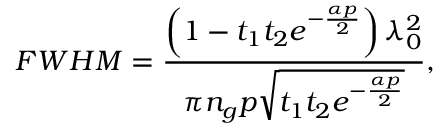
F W H M = \frac { \left( 1 - t _ { 1 } t _ { 2 } e ^ { - \frac { \alpha p } { 2 } } \right) \lambda _ { 0 } ^ { 2 } } { \pi n _ { g } p \sqrt { t _ { 1 } t _ { 2 } e ^ { - \frac { \alpha p } { 2 } } } } ,